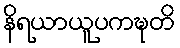
နိရယာယူပကဍ္ဎတိ